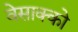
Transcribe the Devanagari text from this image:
वेसाक्को